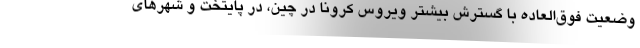
وضعیت فوق‌العاده با گسترش بیشتر ویروس کرونا در چین، در پایتخت و شهرهای